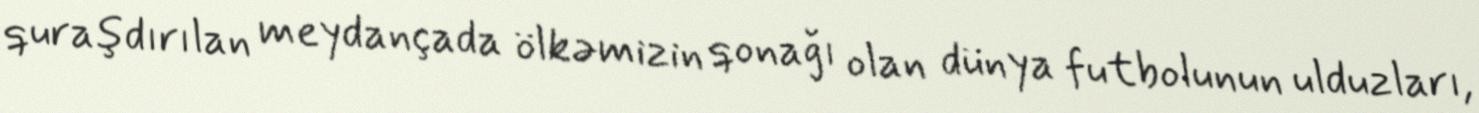
quraşdırılan meydançada ölkəmizin qonağı olan dünya futbolunun ulduzları,